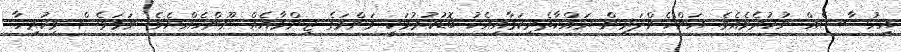
އިހުސާސެއް ނުކުރެވެއެވެ. އަންހެންދަރިން ރައްކާތެރިކަމާއިއެކު ބޮޑުކުރުމަކީ މަންމަގެ ޒިންމާއެއް ނޫންހެއްޔެވެ. ނަމަވެސް މިހުރިހާ